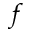
f